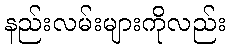
နည်းလမ်းများကိုလည်း